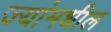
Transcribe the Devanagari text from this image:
ज्यांमधील